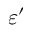
\varepsilon ^ { \prime }